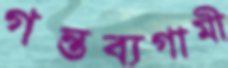
গন্তব্যগামী